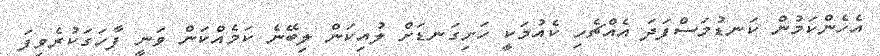
އެހެންކަމުން ކަނޑުމަސްފަދަ އެއްޗެހި ކެއުމަކީ ހަށިގަނޑަށް ލުއިކަން ލިބޭނެ ކަމެއްކަން ވަނީ ފާހަގަކުރެވިފަ